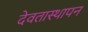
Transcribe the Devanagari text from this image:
देवतास्थापन